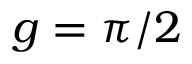
g = \pi / 2